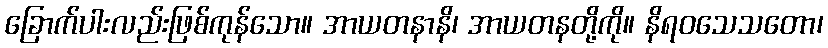
ခြောက်ပါးလည်းဖြစ်ကုန်သော။ အာယတနာနိ၊ အာယတနတို့ကို။ နိရဝသေသတော၊